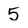
Character: 5